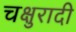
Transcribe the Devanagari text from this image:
चक्षुरादी